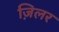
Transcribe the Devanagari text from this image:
ज़िलर